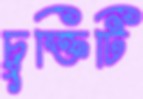
চুক্তিটি